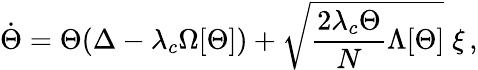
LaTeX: \dot{\Theta}=\Theta(\Delta-\lambda_{c}\Omega[\Theta])+\sqrt{\frac{2\lambda_{c}\Theta}{N}\Lambda[\Theta]}\; \xi\, ,